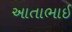
આતાભાઈ